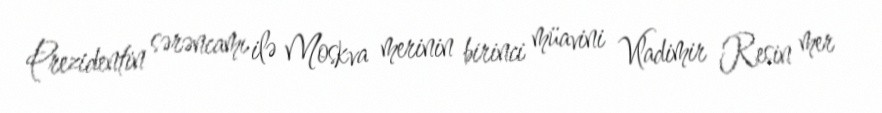
Prezidentin sərəncamı ilə Moskva merinin birinci müavini Vladimir Resin mer